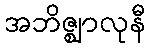
အဘိဇ္ဈာလုနီ